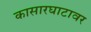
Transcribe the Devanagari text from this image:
कासारघाटावर